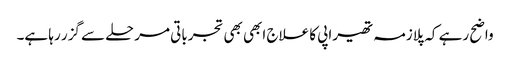
واضح رہے کہ پلازمہ تھیراپی کا علاج ابھی بھی تجرباتی مرحلے سے گزر رہا ہے۔